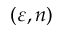
( \varepsilon , n )